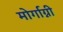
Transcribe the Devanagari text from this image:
मोर्गाग्नी